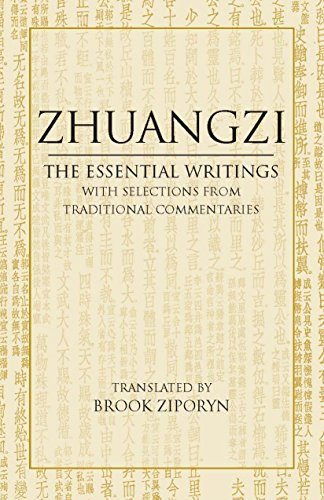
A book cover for Zhuangzi: The Essential Writings: With Selections from Traditional Commentaries (Hackett Classics); Zhuangzi; Religion & Spirituality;